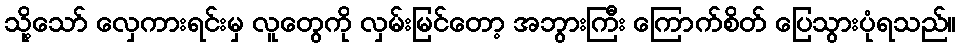
သို့သော် လှေကားရင်းမှ လူတွေကို လှမ်းမြင်တော့ အဘွားကြီး ကြောက်စိတ် ပြေသွားပုံရသည်။